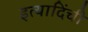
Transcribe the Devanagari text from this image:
इत्यादिंची